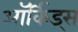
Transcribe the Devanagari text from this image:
ऑर्किड्स